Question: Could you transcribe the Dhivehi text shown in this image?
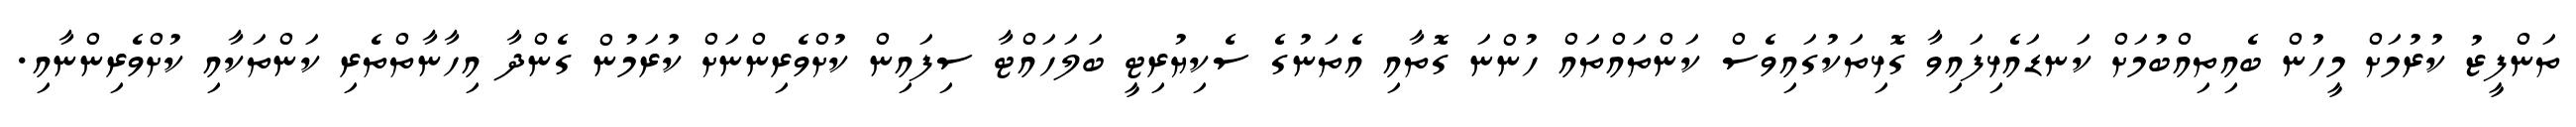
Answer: ތަންފީޒު ކުރުމަށް މީހުން ބެއިތިއްބުމަށް ކަނޑައެޅިފައިވާ ގޮޅިތަކުގައިވެސް ކަންތައްތައް ހުންނަ ގޮތާއި އެތަނުގެ ސެކިޔުރިޓީ ބަލަހައްޓާ ސިފައިން ކުށްވެރިންނަށް ކުރަމުން ގެންދާ އިހާނާތްތެރި ކަންތަކާއި ކުށްވެރިންނާއި.